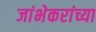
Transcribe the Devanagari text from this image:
जांभेकरांच्या